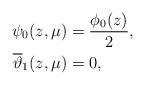
LaTeX: \begin{align*}\psi_0(z,\mu) &= \frac{\phi_0(z)}{2},\\\overline\vartheta_1(z,\mu) &= 0,\end{align*}